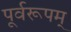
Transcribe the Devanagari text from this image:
पूर्वरूपम्